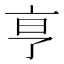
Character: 𬽉